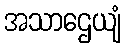
အသာဌေယျံ